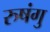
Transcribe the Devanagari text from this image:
रुषंगु